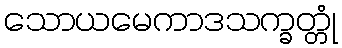
သောယမေကာဒသက္ခတ္တုံ